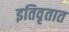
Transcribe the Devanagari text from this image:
इतिवृतात